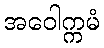
အဝေါက္ကမံ